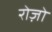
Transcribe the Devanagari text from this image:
रोज़ो